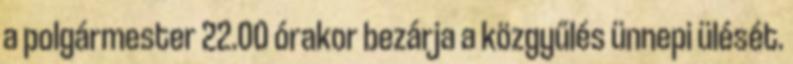
a polgármester 22.00 órakor bezárja a közgyűlés ünnepi ülését.